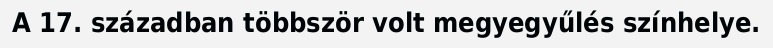
A 17. században többször volt megyegyűlés színhelye.